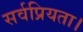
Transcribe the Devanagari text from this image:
सर्वप्रियता।